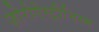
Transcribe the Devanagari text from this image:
ज़ोरोऐस्ट्रीनिस्म